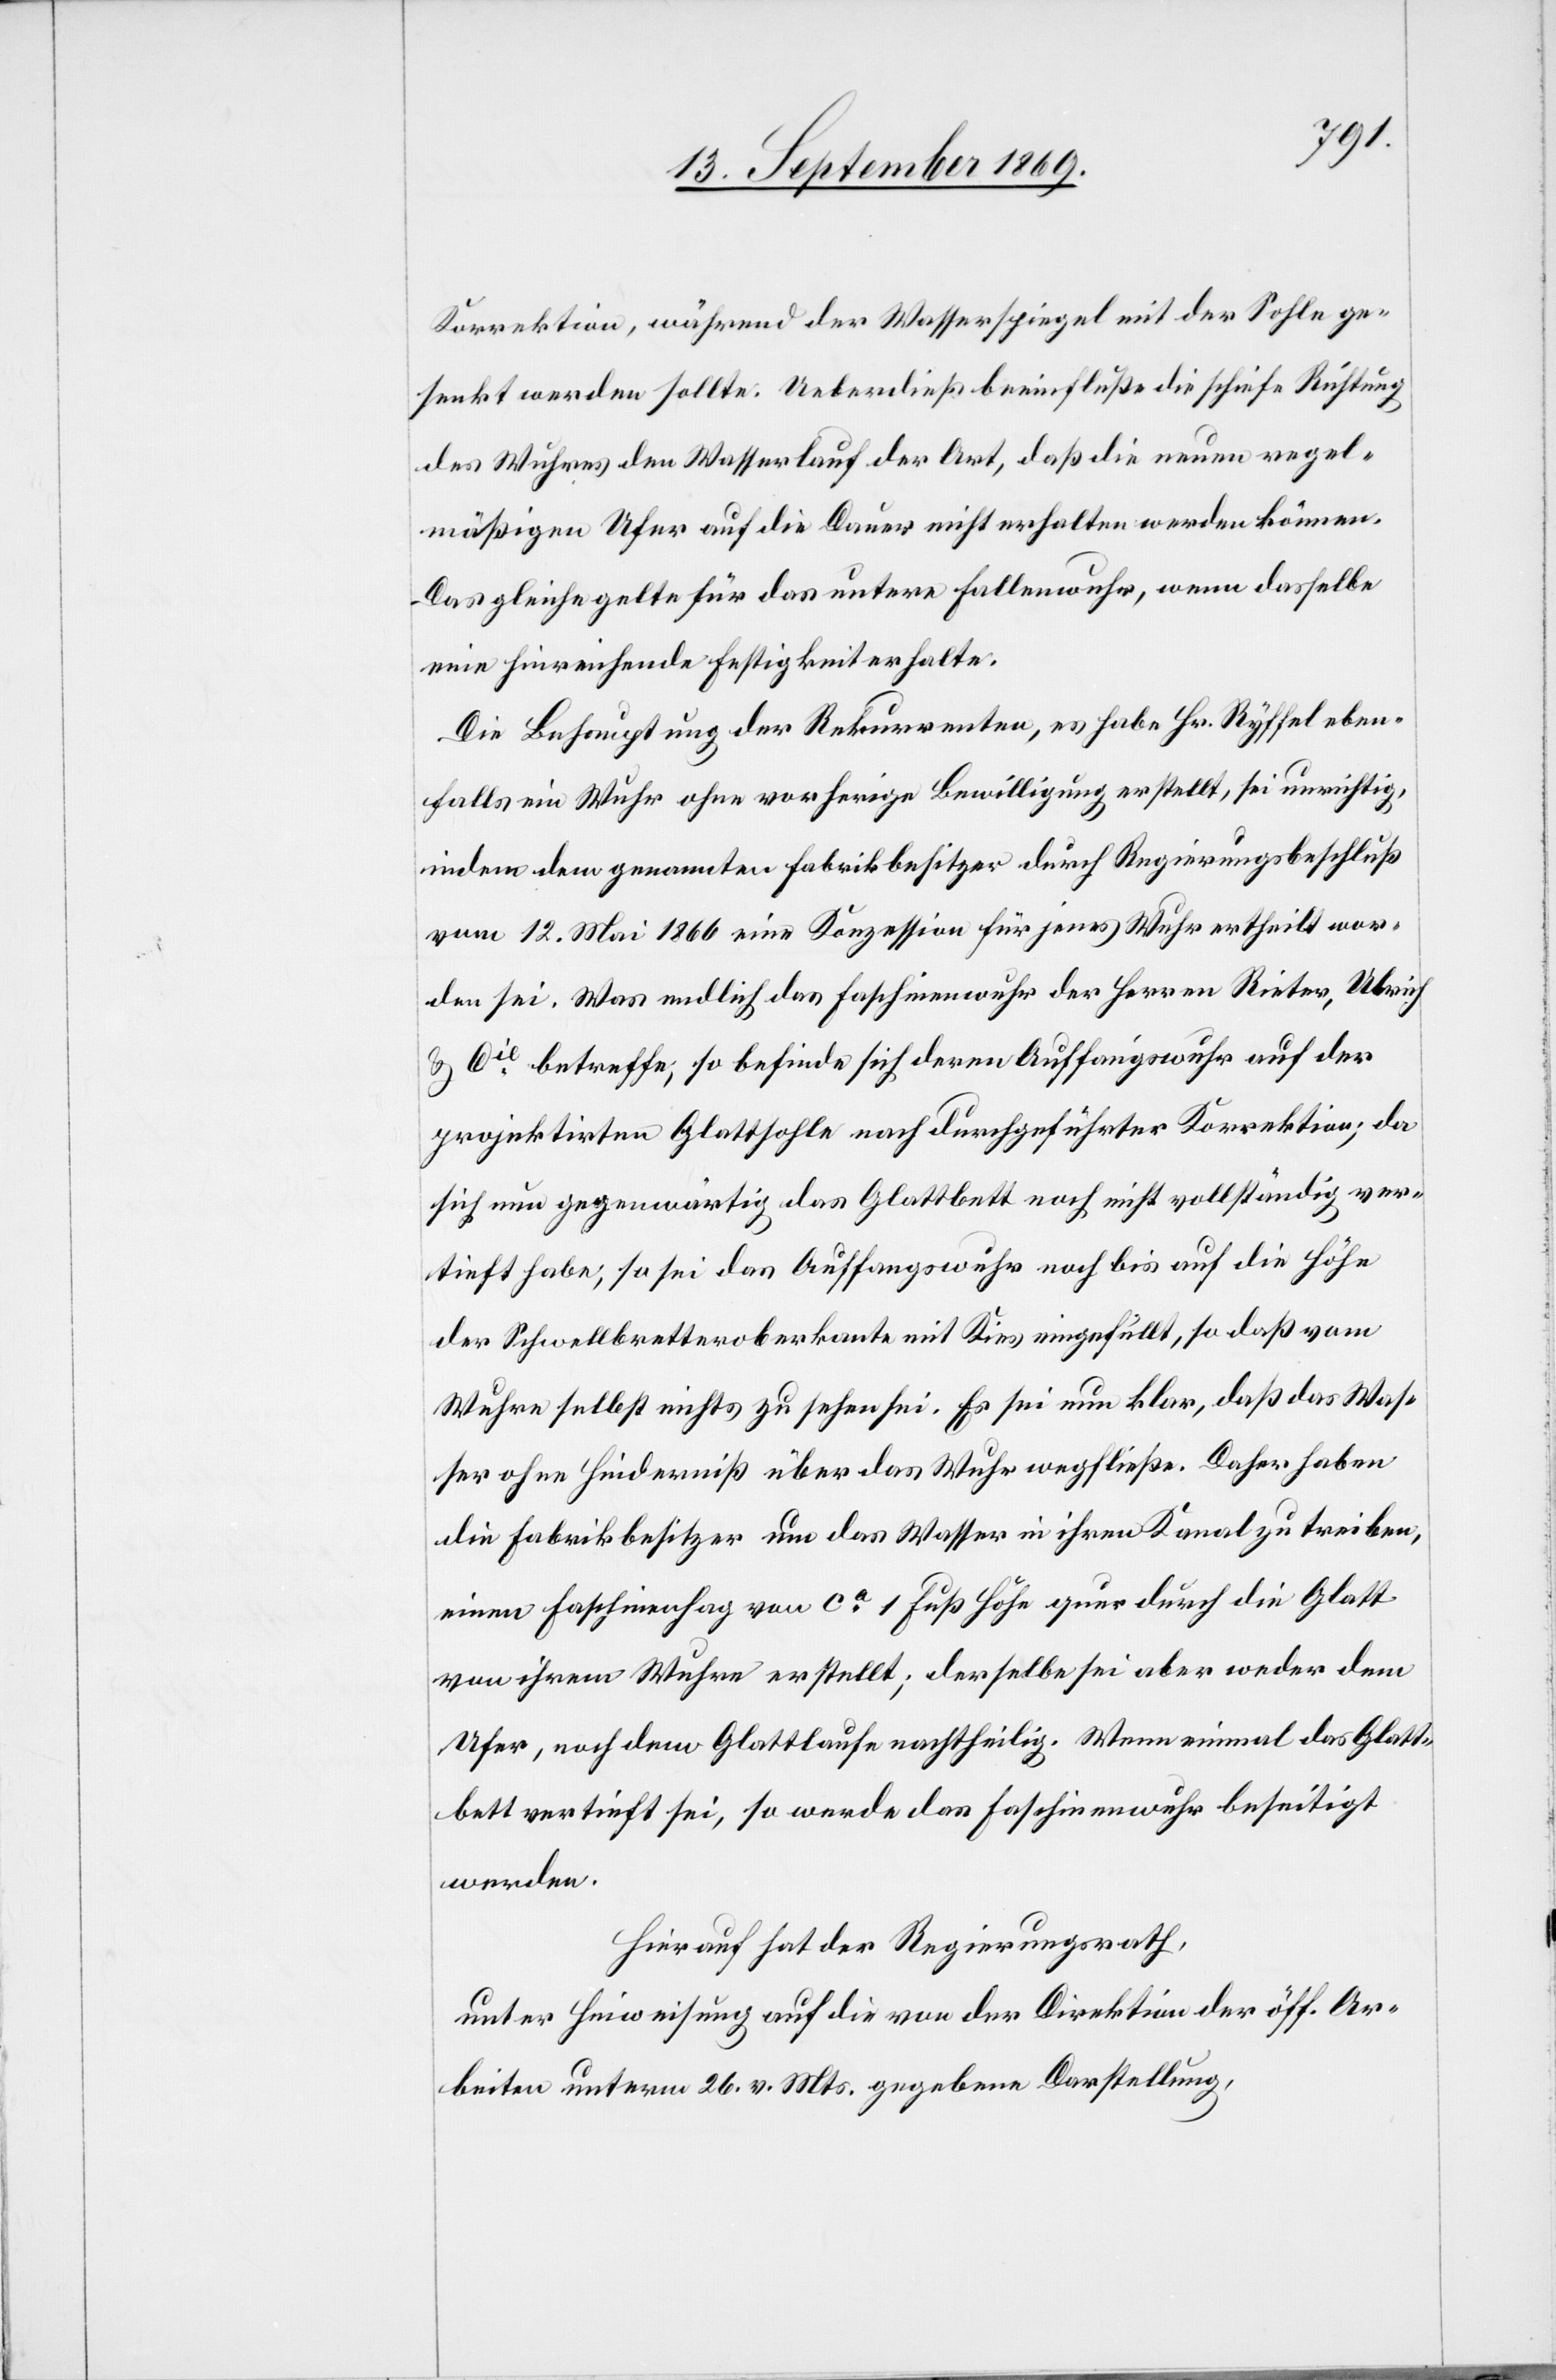
Korrektion, während der Wasserspiegel mit der Sohle ge¬
senkt werden sollte. Ueberdieß beeinfluße die schiefe Richtung
des Wuhres den Wasserlauf der Art, daß die neuen regel¬
mäßigen Ufer auf die Dauer nicht erhalten werden können.
Das gleiche gelte für das untere Fallenwuhr, wenn dasselbe
eine hinreichende Festigkeit erhalte.
Die Behauptung der Rekurrenten, es habe Hr. Ryffel eben¬
falls ein Wuhr ohne vorherige Bewilligung erstellt, sei unrichtig,
indem dem genannten Fabrikbesitzer durch Regierungsbeschluß
vom 12. Mai 1866 eine Konzession für jenes Wuhr ertheilt wor¬
den sei. Was endlich das Faschinenwuhr der Herren Rieter, Ulrich
& Cie betreffe, so befinde sich deren Auffangswuhr auf der
projektirten Glattsohle nach durchgeführter Korrektion; da
sich nun gegenwärtig das Glattbett noch nicht vollständig ver¬
tieft habe, so sei das Auffangswuhr noch bis auf die Höhe
der Schwellbretteroberkante mit Kies eingefüllt, so daß vom
Wuhre selbst nichts zu sehen sei. Es sei nun klar, daß das Was¬
ser ohne Hinderniß über das Wuhr wegfließe. Daher haben
die Fabrikbesitzer um das Wasser in ihren Kanal zu treiben,
einen Faschinenhag von ca 1 Fuß Höhe quer durch die Glatt
von ihrem Wuhre erstellt; derselbe sei aber weder dem
Ufer, noch dem Glattlaufe nachtheilig. Wenn einmal das Glatt¬
bett vertieft sei, so werde das Faschinenwuhr beseitigt
werden.
Hierauf hat der Regierungsrath,
unter Hinweisung auf die von der Direktion der öff. Ar¬
beiten unterm 26. v. Mts. gegebene Darstellung,